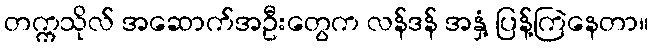
တက္ကသိုလ် အဆောက်အဦးတွေက လန်ဒန် အနှံ့ ပြန့်ကြဲနေတာ။